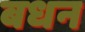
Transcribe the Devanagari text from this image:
बधन